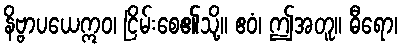
နိဗ္ဗာပယေဣဝ၊ ငြိမ်းစေ၏သို့။ ဧဝံ၊ ဤအတူ။ ဓီရော၊